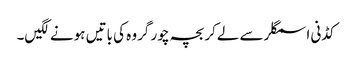
کڈنی اسمگلر سے لےکر بچہ چور گروہ کی باتیں ہونے لگیں۔